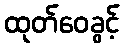
ထုတ်ဝေခွင့်